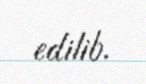
edilib.